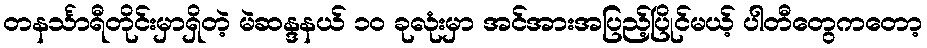
တနင်္သာရီတိုင်းမှာရှိတဲ့ မဲဆန္ဒနယ် ၁၀ ခုလုံးမှာ အင်အားအပြည့်ပြိုင်မယ့် ပါတီတွေကတော့